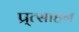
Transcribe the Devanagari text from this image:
प्र्त्साहन